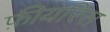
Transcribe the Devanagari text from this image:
फ़ीयरिस